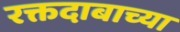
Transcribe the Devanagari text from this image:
रक्तदाबाच्या